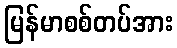
မြန်မာစစ်တပ်အား